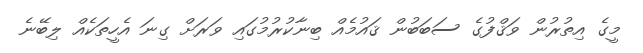
މީގެ އިތުރުން ވަޤްފުގެ ސަބަބުން ޤައުމެއް ބިނާކުރުމުގައި ވަރަށް ގިނަ އެހީތަކެއް ލިބޭނެ